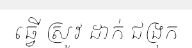
ធ្វើ ស្រូវ ដាក់ ជង្រុក